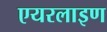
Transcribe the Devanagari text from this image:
एयरलाइण